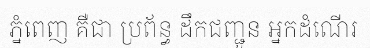
ភ្នំពេញ គឺជា ប្រព័ន្ធ ដឹកជញ្ជូន អ្នកដំណើរ